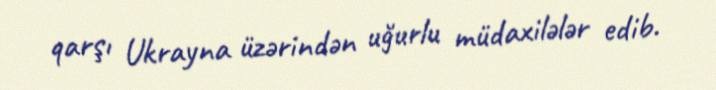
qarşı Ukrayna üzərindən uğurlu müdaxilələr edib.